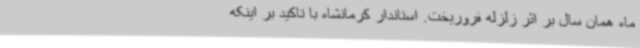
ماه همان سال بر اثر زلزله فروریخت. استاندار کرمانشاه با تاکید بر اینکه